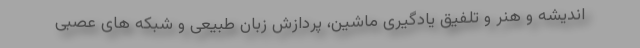
اندیشه و هنر و تلفیق یادگیری ماشین، پردازش زبان طبیعی و شبکه های عصبی